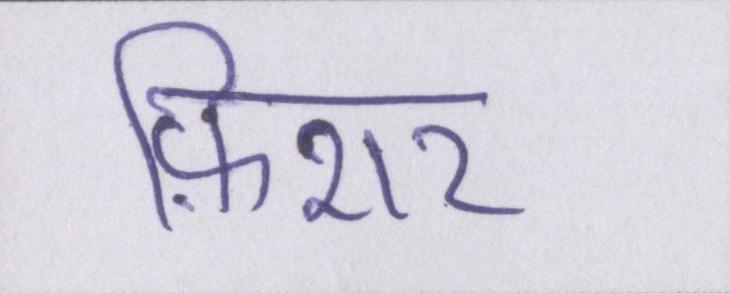
फ़िशर